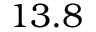
1 3 . 8